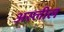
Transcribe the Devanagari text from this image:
अस्लील